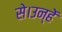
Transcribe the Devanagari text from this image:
से।उन्हें